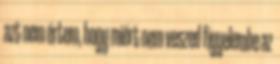
azt nem értem, hogy miért nem veszed figyelembe az